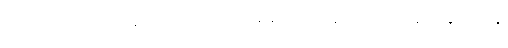
ဥပမာ ဥပဒေ အပြောင်းလဲ၊ ဒါမှမဟုတ် နိုင်ငံရေးအခြေအနေ